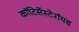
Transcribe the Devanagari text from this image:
कॉटिर्सेस्टेरॉयड